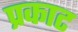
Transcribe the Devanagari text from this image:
प्रकाट